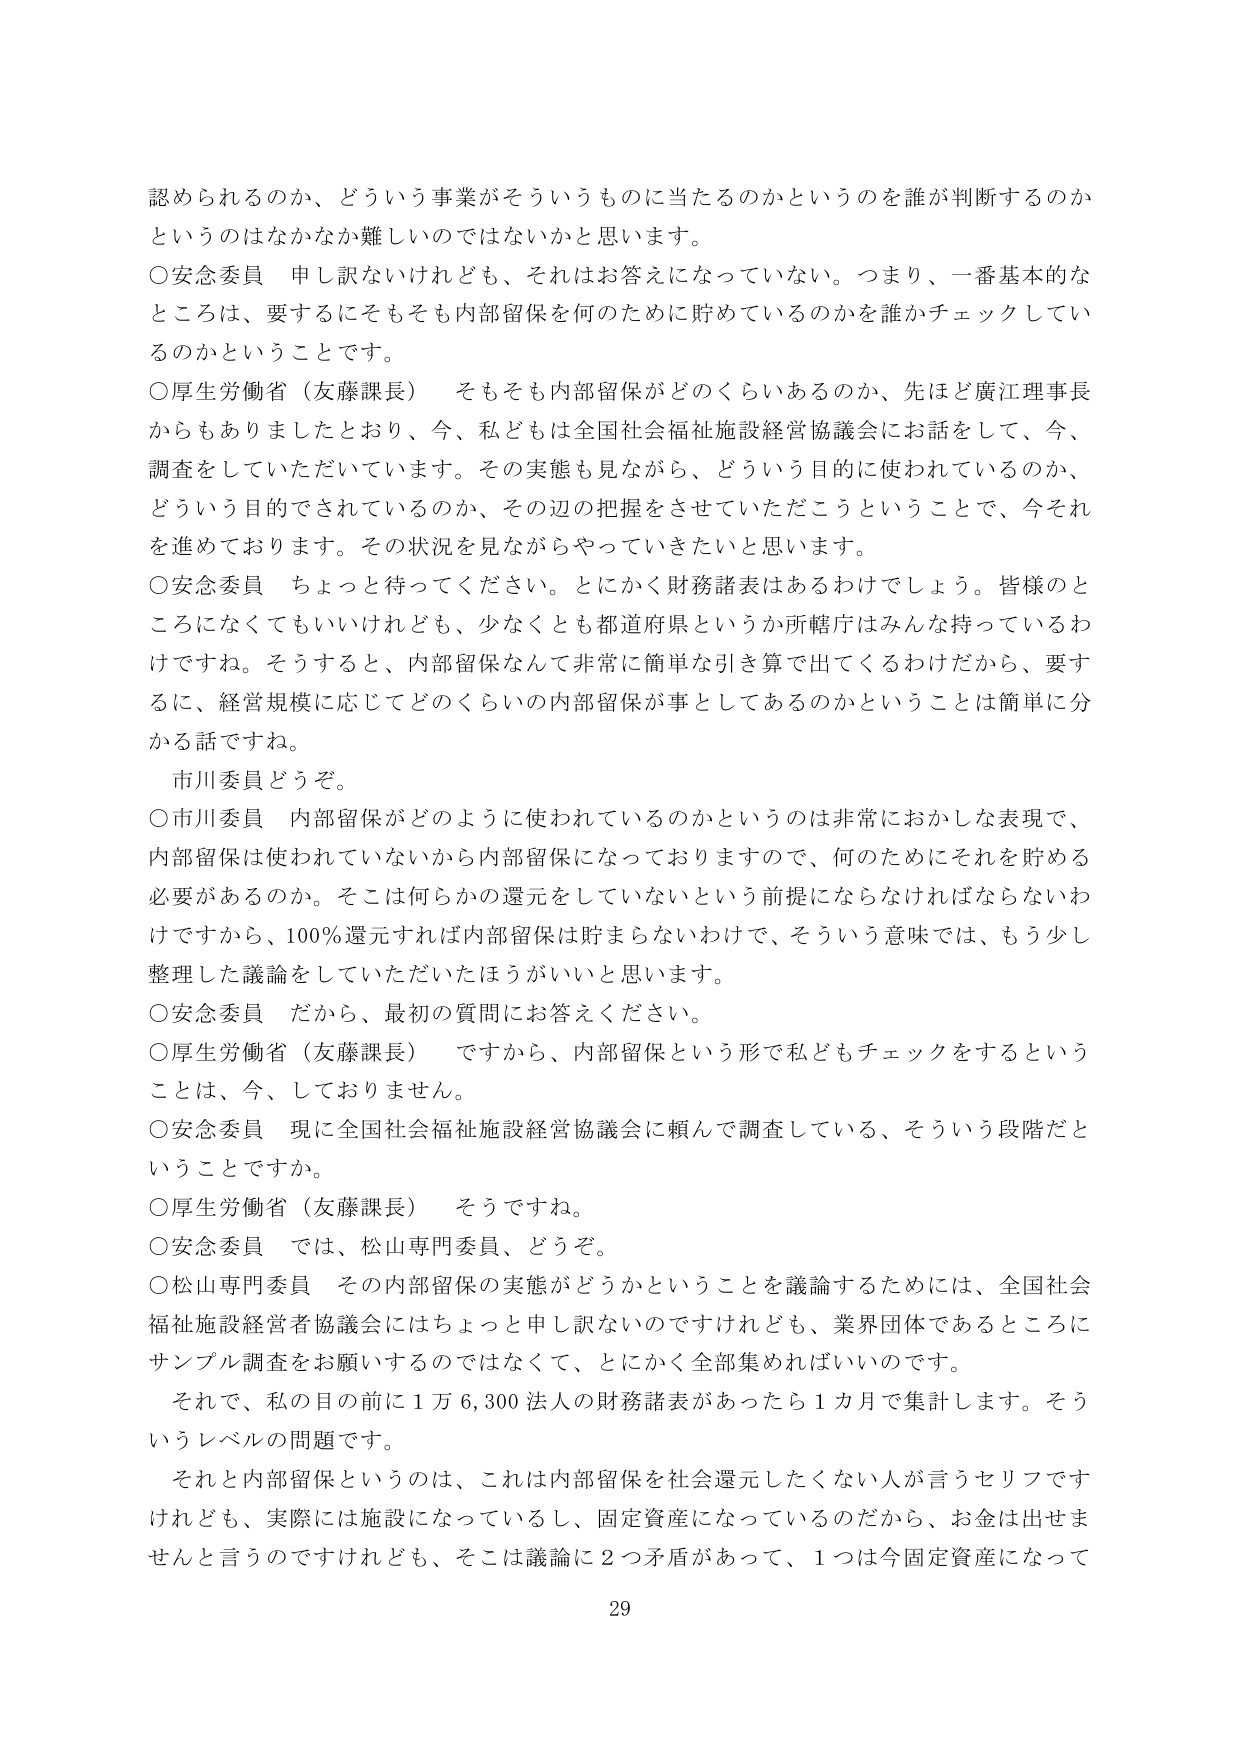
認められるのか、どういう事業がそういうものに当たるのかというのを誰が判断するのかというのはなかなか難しいのではないかと思います。

○安念委員　申し訳ないけれども、それはお答えになっていない。つまり、一番基本的なところは、要するにそもそも内部留保を何のために貯めているのかを誰かチェックしているのかということです。

○厚生労働省（友藤課長）　そもそも内部留保がどのくらいあるのか、先ほど廣江理事長からもありましたとおり、今、私どもは全国社会福祉施設経営協議会にお話をして、今、調査をしていただいています。その実態も見ながら、どういう目的に使われているのか、どういう目的でされているのか、その辺の把握をさせていただこうということで、今それを進めております。その状況を見ながらやっていきたいと思います。

○安念委員　ちょっと待ってください。とにかく財務諸表はあるわけでしょう。皆様のところになくてもいいけれども、少なくとも都道府県というか所轄庁はみんな持っているわけです。そうすると、内部留保なんて非常に簡単な引き算で出てくるわけだから、要するに、経営規模に応じてどのくらいの内部留保が事としてあるのかということは簡単に分かる話ですね。

市川委員どうぞ。

○市川委員　内部留保がどのように使われているのかというのは非常におかしな表現で、内部留保は使われていないから内部留保になっておりますので、何のためにそれを貯める必要があるのか。そこは何らかの還元をしていないという前提にならなければならないわけですから、100％還元すれば内部留保は貯まらないわけで、そういう意味では、もう少し整理した議論をしていただいたほうがいいと思います。

○安念委員　だから、最初の質問にお答えください。

○厚生労働省（友藤課長）　ですから、内部留保という形で私どもチェックをするということは、今、しておりません。

○安念委員　現に全国社会福祉施設経営協議会に頼んで調査している、そういう段階だということですか。

○厚生労働省（友藤課長）　そうですね。

○安念委員　では、松山専門委員、どうぞ。

○松山専門委員　その内部留保の実態がどうかということを議論するためには、全国社会福祉施設経営者協議会にはちょっと申し訳ないのですけれども、業界団体であるところにサンプル調査をお願いするのではなくて、とにかく全部集めればいいのです。

それで、私の目の前に１万６,３００法人の財務諸表があったら１カ月で集計します。そういうレベルの問題です。

それと内部留保というのは、これは内部留保を社会還元したくない人が言うセリフですけれども、実際には施設になっているし、固定資産になっているのだから、お金は出せませんと言うのですけれども、そこは議論に２つ矛盾があって、１つは今固定資産になって

29